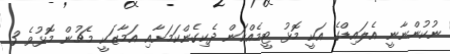
ނުކުންނާނީ އެލައިޑްގެ އަކީ މޮޅު ޓީމެއްކަން ދެކިގެންކަމަށާއި އަމާޒަކީ މެޗުން މޮޅުވެ 3